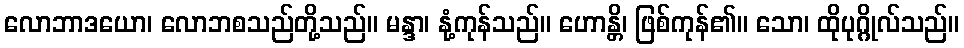
လောဘာဒယော၊ လောဘစသည်တို့သည်။ မန္ဒာ၊ နုံ့ကုန်သည်။ ဟောန္တိ၊ ဖြစ်ကုန်၏။ သော၊ ထိုပုဂ္ဂိုလ်သည်။